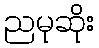
ညမုဆိုး